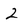
Character: 2